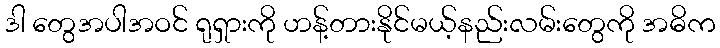
ဒါ တွေအပါအဝင် ရုရှားကို ဟန့်တားနိုင်မယ့်နည်းလမ်းတွေကို အဓိက